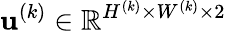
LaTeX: \mathbf{u}^{(k)}\in\mathbb{R}^{H^{(k)}\times W^{(k)}\times 2}